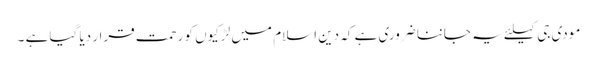
مودی جی کیلئے یہ جاننا ضروری ہے کہ دین اسلام میں لڑکیوں کو رحمت قرار دیا گیا ہے ۔